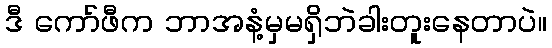
ဒီ ကော်ဖီက ဘာအနံ့မှမရှိဘဲခါးတူးနေတာပဲ။